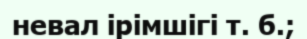
невал ірімшігі т. б.;